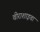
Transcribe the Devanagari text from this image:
वीराशाइवा